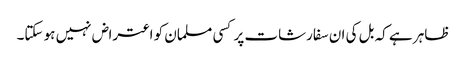
ظاہر ہے کہ بل کی ان سفارشات پر کسی مسلمان کو اعتراض نہیں ہو سکتا۔